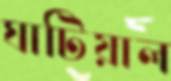
ঘাটিয়াল